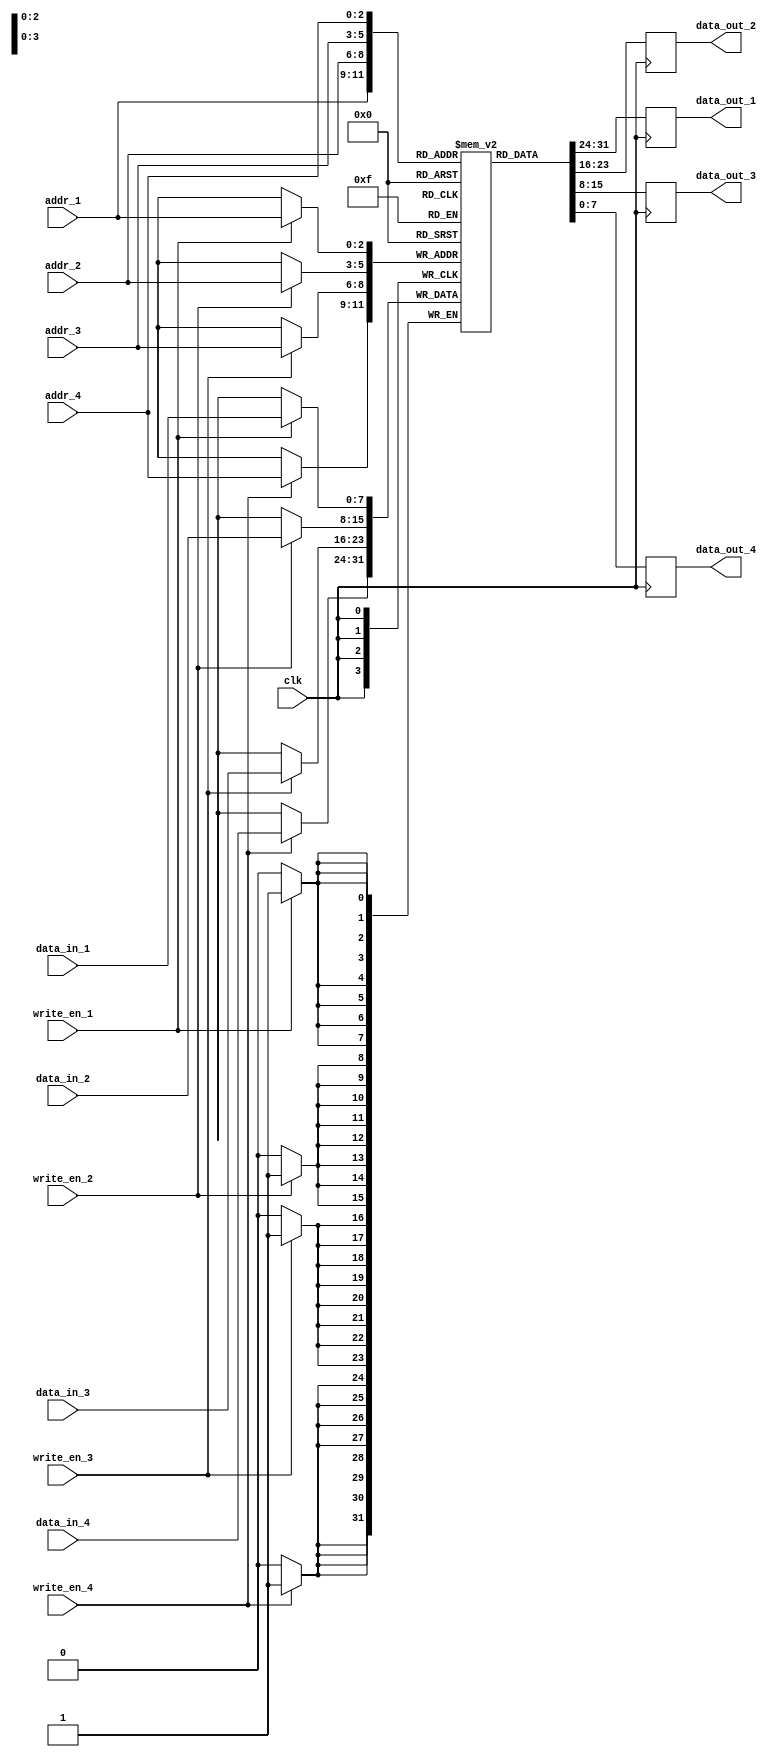
module quad_port_register_file (
    input wire [7:0] data_in_1,
    input wire [7:0] data_in_2,
    input wire [7:0] data_in_3,
    input wire [7:0] data_in_4,
    input wire [2:0] addr_1,
    input wire [2:0] addr_2,
    input wire [2:0] addr_3,
    input wire [2:0] addr_4,
    input wire write_en_1,
    input wire write_en_2,
    input wire write_en_3,
    input wire write_en_4,
    input wire clk,
    output reg [7:0] data_out_1,
    output reg [7:0] data_out_2,
    output reg [7:0] data_out_3,
    output reg [7:0] data_out_4
);

reg [7:0] memory [7:0];

always @(posedge clk) begin
    if (write_en_1) begin
        memory[addr_1] <= data_in_1;
    end
    
    if (write_en_2) begin
        memory[addr_2] <= data_in_2;
    end
    
    if (write_en_3) begin
        memory[addr_3] <= data_in_3;
    end
    
    if (write_en_4) begin
        memory[addr_4] <= data_in_4;
    end
    
    data_out_1 <= memory[addr_1];
    data_out_2 <= memory[addr_2];
    data_out_3 <= memory[addr_3];
    data_out_4 <= memory[addr_4];
end

endmodule